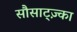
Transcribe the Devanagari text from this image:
सौसाट्ज़्का